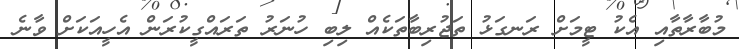
މުބާރާތާއި އެކު ޓީމަށް ރަނގަޅު ތަޖުރިބާތަކެއް ލިބި ހުނަރު ތަރައްގީކުރަން އެހީއަކަށް ވާނެ